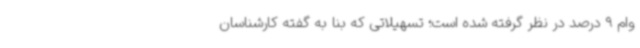
وام 9 درصد در نظر گرفته شده است؛ تسهیلاتی که بنا به گفته کارشناسان